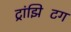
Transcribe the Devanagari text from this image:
ट्रांझिटिंग